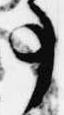
事